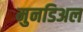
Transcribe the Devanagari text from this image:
मुनडिअल